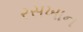
રસખાન